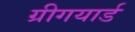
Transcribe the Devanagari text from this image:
ग्रीगयार्ड